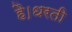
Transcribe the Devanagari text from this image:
है।धरती